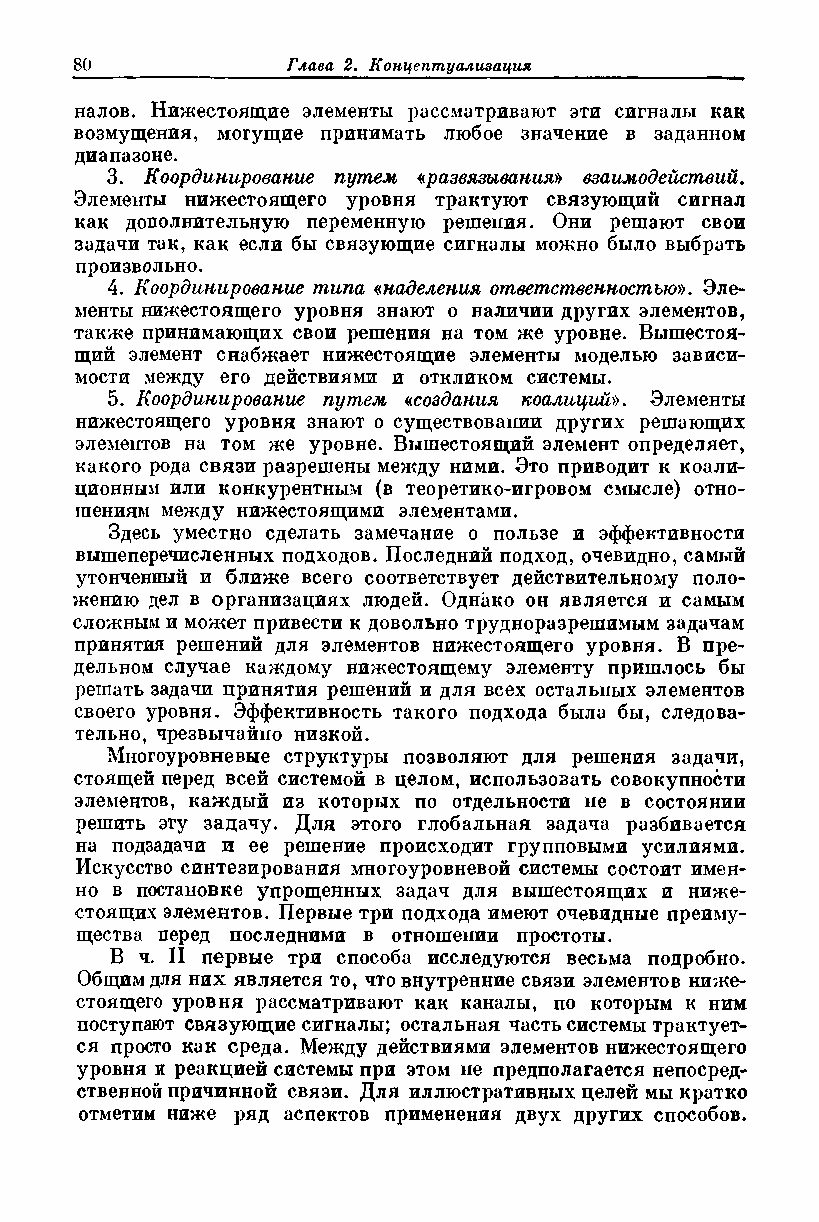
налов. Нижестоящие элементы рассматривают эти сигналы как
 возмущения, могущие принимать любое значение в заданном
 диапазоне.
 3. Координирование путем «развязывания» взаимодействий.
 Элементы нижестоящего уровня трактуют связующий сигнал
 как дополнительную переменную решения. Они решают свои
 задачи так, как если бы связующие сигналы можно было выбрать
 произвольно.
 4. Координирование типа «наделения ответственностью». Эле­
 менты нижестоящего уровня знают о наличии других элементов,
 также принимающих свои решения на том же уровне. Вышестоя­
 щий элемент снабжает нижестоящие элементы моделью зависи­
 мости между его действиями и откликом системы.
 5. Координирование путем «создания коалиций». Элементы
 нижестоящего уровня знают о существовании других решающих
 элементов на том же уровне. Вышестоящий элемент определяет,
 какого рода связи разрешены между ними. Это приводит к коали­
 ционным или конкурентным (в теоретико-игровом смысле) отно­
 шениям между нижестоящими элементами.
 Здесь уместно сделать замечание о пользе и эффективности
 вышеперечисленных подходов. Последний подход, очевидно, самый
 утонченный и ближе всего соответствует действительному поло­
 жению дел в организациях людей. Однако он является и самым
 сложным и может привести к довольно трудноразрешимым задачам
 принятия решений для элементов нижестоящего уровня. В пре­
 дельном случае каждому нижестоящему элементу пришлось бы
 решать задачи принятия решений и для всех остальных элементов
 своего уровня. Эффективность такого подхода была бы, следова­
 тельно, чрезвычайно низкой.
 Многоуровневые структуры позволяют для решения задачи,
 стоящей перед всей системой в целом, использовать совокупности
 элементов, каждый из которых по отдельности не в состоянии
 решить эту задачу. Для этого глобальная задача разбивается
 на подзадачи и ее решение происходит групповыми усилиями.
 Искусство синтезирования многоуровневой системы состоит имен­
 но в постановке упрощенных задач для вышестоящих и ниже­
 стоящих элементов. Первые три подхода имеют очевидные преиму­
 щества перед последними в отношении простоты.
 В ч. II первые три способа исследуются весьма подробно.
 для них является то, что внутренние связи элементов ниже­
 ОбщИхМ
 стоящего уровня рассматривают как каналы, по которым к ним
 поступают связующие сигналы; остальная часть системы трактует­
 ся просто как среда. Между действиями элементов нижестоящего
 уровня и реакцией системы при этом не предполагается непосред­
 ственной причинной связи. Для иллюстративных целей мы кратко
 отметим ниже ряд аспектов применения двух других способов.